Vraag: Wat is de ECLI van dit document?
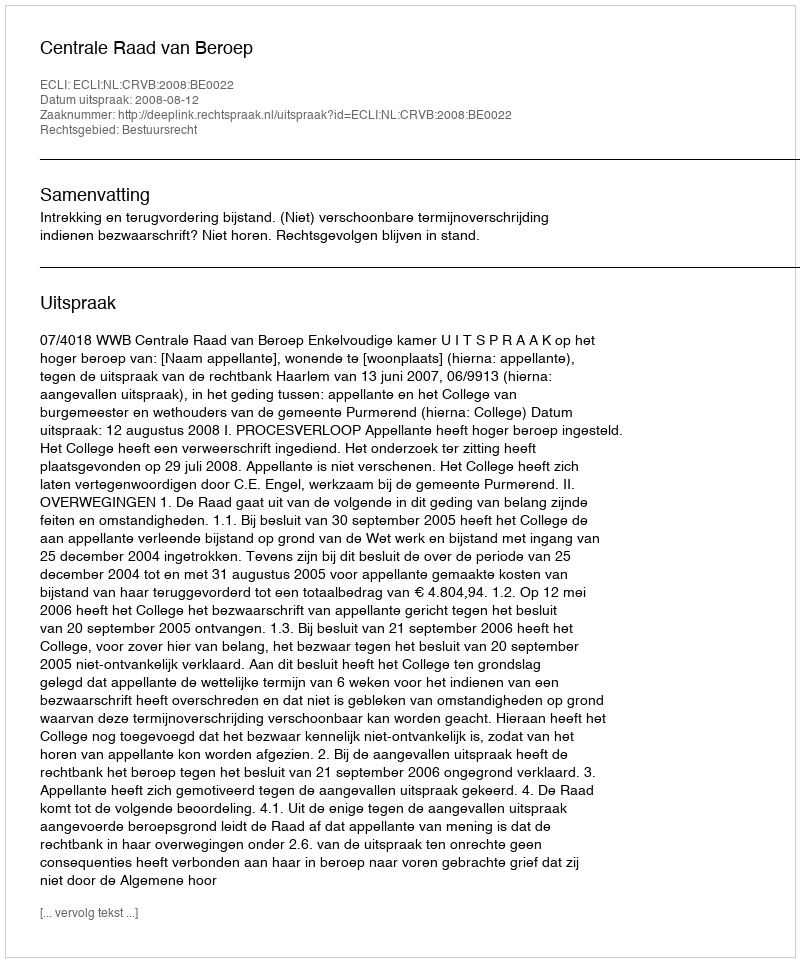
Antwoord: ECLI:NL:CRVB:2008:BE0022